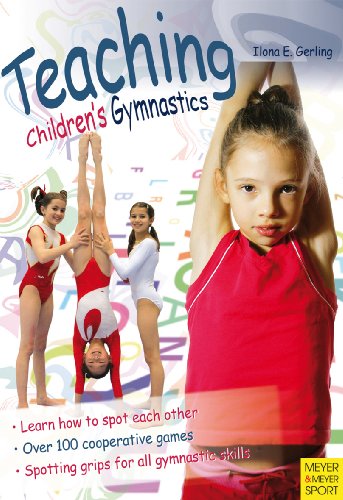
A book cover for Teaching Children's Gymnastics: Spotting and Securing; Ilona E. Gerling; Sports & Outdoors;